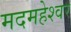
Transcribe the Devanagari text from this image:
मदमहेश्वर